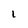
Character: l